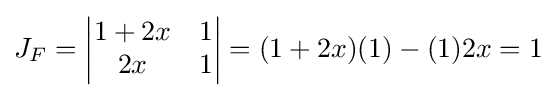
J_{F}=\left|{\begin{matrix}1+2x&1\\2x&1\end{matrix}}\right|=(1+2x)(1)-(1)2x=1